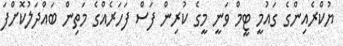
ޔުކްރެއިންގެ ގައުމީ ޓީމް ވަނީ މީގެ ކުރިން ފަސް ފަހަރެއްގެ މަތިން ބައްދަލުކޮށްފަ